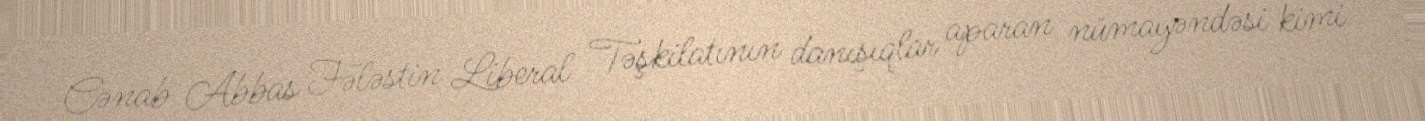
Cənab Abbas Fələstin Liberal Təşkilatının danışıqlar aparan nümayəndəsi kimi